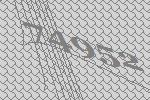
74952